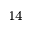
^ { 1 4 }